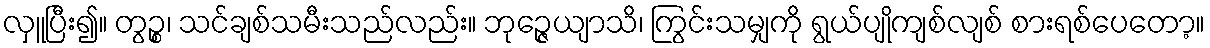
လှူပြီး၍။ တွဉ္စ၊ သင်ချစ်သမီးသည်လည်း။ ဘုဉ္ဇေယျာသိ၊ ကြွင်းသမျှကို ရွယ်ပျိုကျစ်လျစ် စားရစ်ပေတော့။